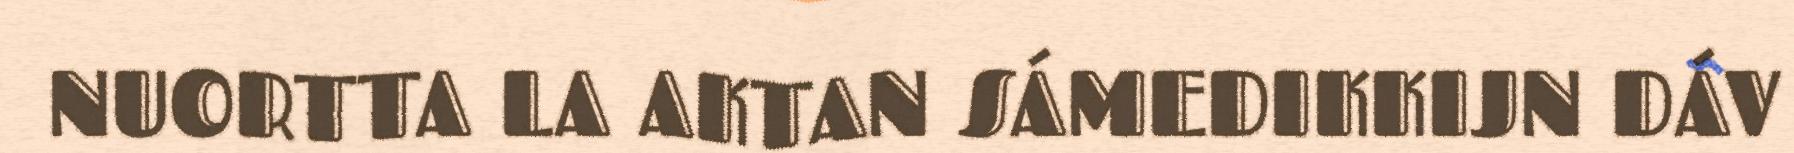
NUORTTA LA AKTAN SÁMEDIKKIJN DÁV